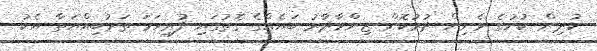
ކުދިން ކުށުގެ ވެށިން ދުރުކޮށް ޒިންމާދާރު ބައެއްގެ ގޮތުގައި ފުރިހަމަ ތަރުބިއްޔަތާ އެކު